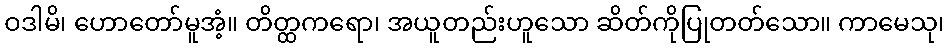
ဝဒါမိ၊ ဟောတော်မူအံ့။ တိတ္ထကရော၊ အယူတည်းဟူသော ဆိတ်ကိုပြုတတ်သော။ ကာမေသု၊